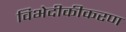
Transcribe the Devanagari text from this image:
विभेदीकीकरण